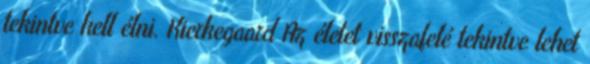
tekintve kell élni. Kierkegaard Az életet visszafelé tekintve lehet